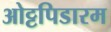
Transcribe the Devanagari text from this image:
ओट्टपिडारम